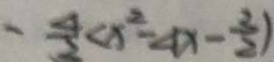
- \frac { 4 } { 3 } < x ^ { 2 } - 4 x - \frac { 3 } { 2 } )